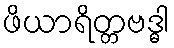
ဖိယာရိတ္တဗဒ္ဓါ